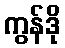
ကွန်ဒို